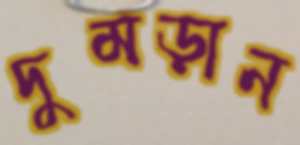
দুমড়ান